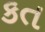
કત